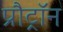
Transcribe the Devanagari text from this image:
प्रौट्रॉन